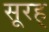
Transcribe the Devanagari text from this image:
सूरह्